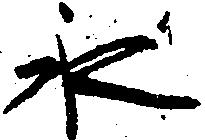
永